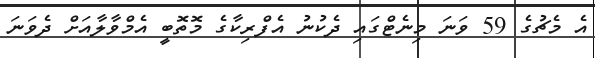
އެ މެޗުގެ 59 ވަނަ މިނެޓްގައި ދެކުނު އެފްރިކާގެ މޮތޮބީ އެމްވާލާއަށް ދެވަނަ